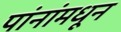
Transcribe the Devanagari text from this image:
पांनांमधून